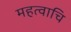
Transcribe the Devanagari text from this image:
महत्वाचि